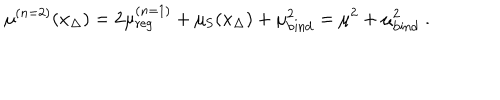
LaTeX: \mu ^ { ( n = 2 ) } ( x _ { \Delta } ) = 2 \mu _ { \mathrm { r e g } } ^ { ( n = 1 ) } + \mu _ { \mathrm { S } } ( x _ { \Delta } ) + \mu _ { \mathrm { b i n d } } ^ { 2 } = \mu ^ { 2 } + \mu _ { \mathrm { b i n d } } ^ { 2 } \ .